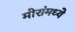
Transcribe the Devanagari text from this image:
मोरांमध्ये